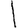
Digit: 1